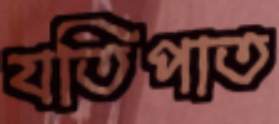
যতিপাত